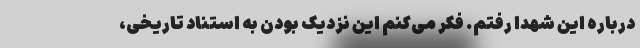
درباره این شهدا رفتم. فکر می‌کنم این نزدیک بودن به استناد تاریخی،